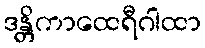
ဒန္တိကာထေရီဂါထာ